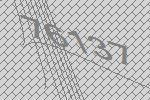
76137